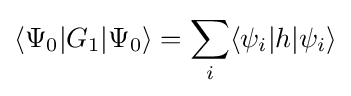
\langle \Psi _{0}|G_{1}|\Psi _{0}\rangle =\sum _{i}\langle \psi _{i}|h|\psi _{i}\rangle